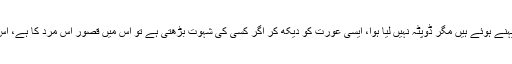
سوال: اگر کسی عورت نے کپڑے تو پہنے ہوئے ہیں مگر ڈوپٹہ نہیں لیا ہوا، ایسی عورت کو دیکھ کر اگر کسی کی شہوت بڑھتی ہے تو اس میں قصور اس مرد کا ہے، اس کی سوچ کا ہے نہ کہ اس عورت کا۔